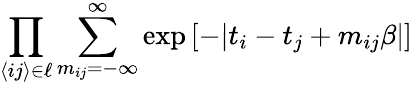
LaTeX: \prod_{\langle ij\rangle\in\ell}\sum_{m_{ij}=-\infty}^{\infty}\exp\left[-|t_{i}-t_{j}+m_{ij}\beta|\right]